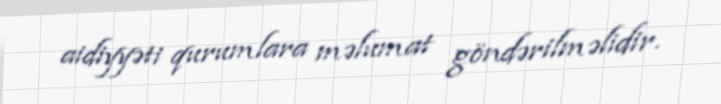
aidiyyəti qurumlara məlumat göndərilməlidir.